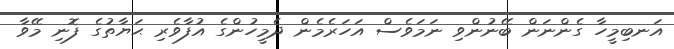
އަނބިމީހާ ގެންނަން ބޭނުންވި ނަމަވެސް އަހަރެމެން ދެމީހުންގެ އުފާވެރި ޙަޔާތުގެ ފޮނި މޭވާ